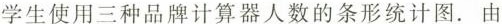
学生使用三种品牌计算器人数的条形统计图。由